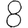
Digit: 8